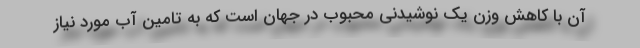
آن با کاهش وزن یک نوشیدنی محبوب در جهان است که به تامین آب مورد نیاز